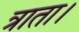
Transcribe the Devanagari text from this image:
त्राता।